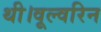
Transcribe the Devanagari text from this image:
थी।वूल्वरिन